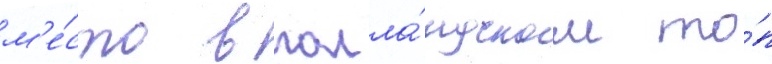
м'е́сто в голла́ндском то́п